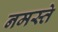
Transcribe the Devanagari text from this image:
नमस्‍ते